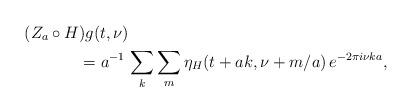
LaTeX: \begin{align*}(Z_a\circ H)g(t,\nu) & \\ & \hskip-.5in = a^{-1}\,\sum_{k}\sum_{m} \eta_H(t+ak,\nu+m/a)\,e^{-2\pi i\nu ka},\end{align*}